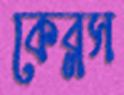
কেব্লস